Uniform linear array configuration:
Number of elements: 64
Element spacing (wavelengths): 1
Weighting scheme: kaiser
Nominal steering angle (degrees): -30
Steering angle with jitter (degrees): -29.556
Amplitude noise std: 0.05
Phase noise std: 0.05

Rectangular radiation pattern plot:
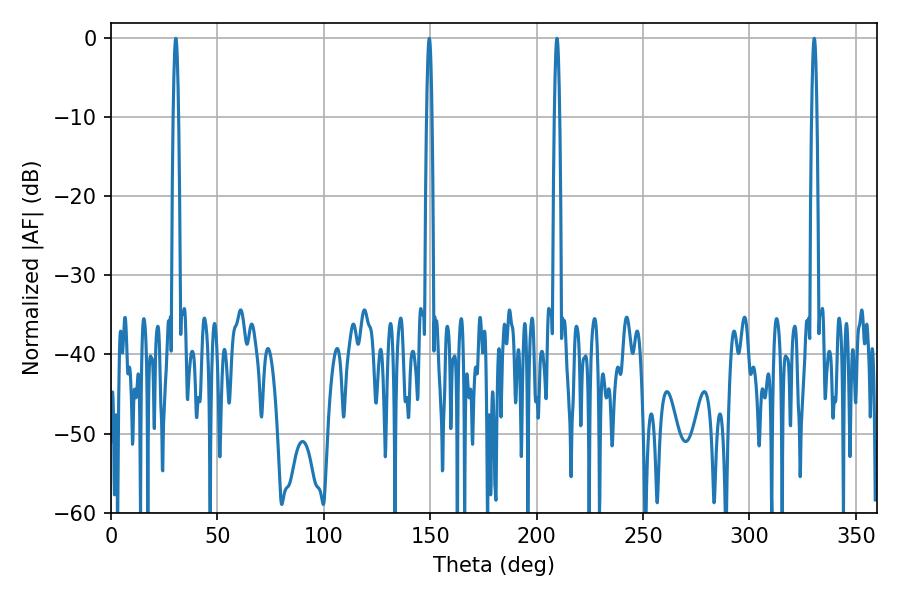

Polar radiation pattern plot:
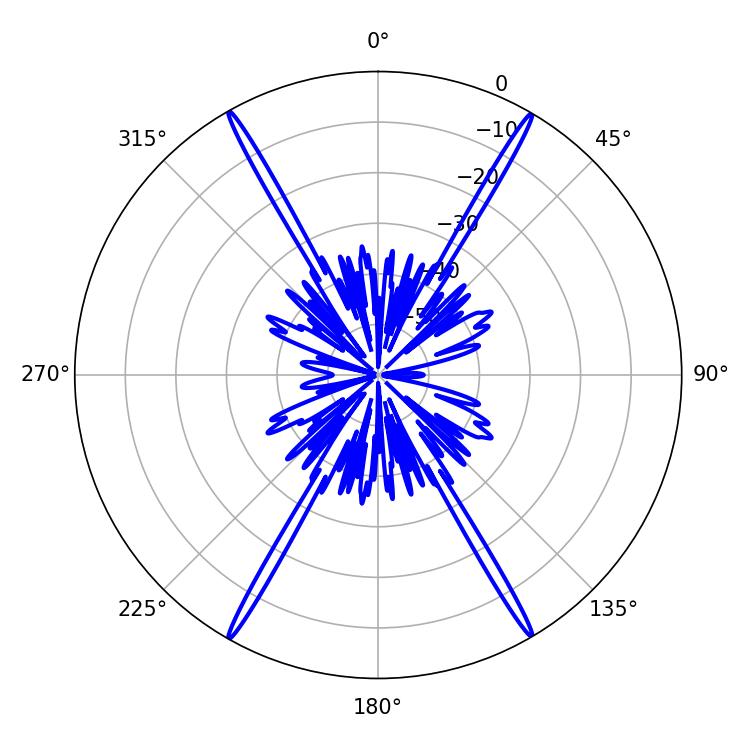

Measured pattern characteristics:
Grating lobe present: TRUE
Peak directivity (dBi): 32.919
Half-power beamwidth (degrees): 1.26
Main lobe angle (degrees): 30.42